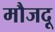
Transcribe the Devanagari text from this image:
मौजदू